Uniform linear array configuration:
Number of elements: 32
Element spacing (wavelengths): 0.75
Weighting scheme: blackman
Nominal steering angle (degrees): -45
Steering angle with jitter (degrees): -44.19
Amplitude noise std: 0.05
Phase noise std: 0.05

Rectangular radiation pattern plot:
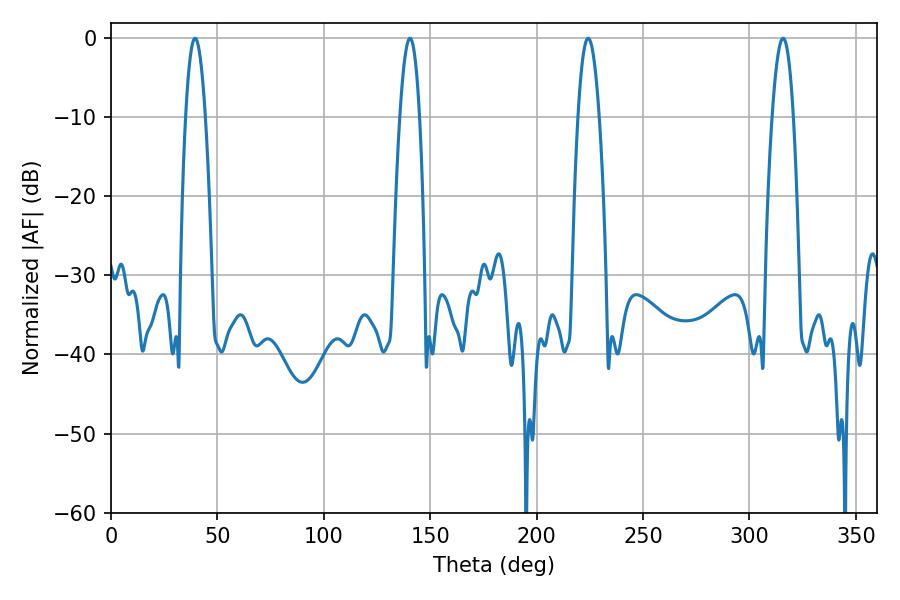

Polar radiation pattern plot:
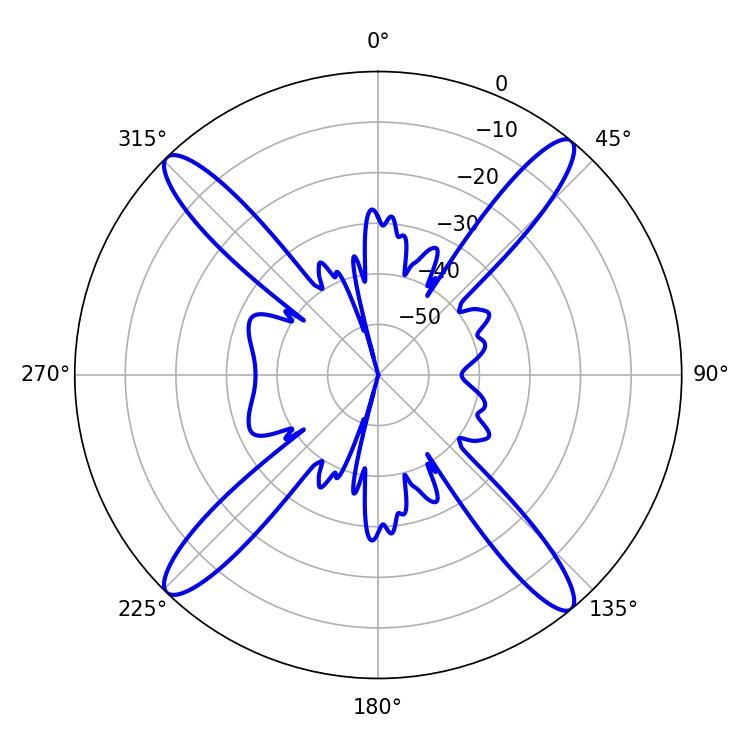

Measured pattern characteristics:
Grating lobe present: TRUE
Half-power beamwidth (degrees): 5.4
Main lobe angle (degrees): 315.72